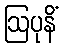
ဩပုနိံ